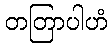
တတြာပါဟံ